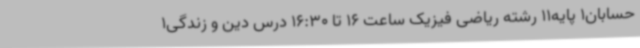
حسابان1 پایه11 رشته ریاضی فیزیک ساعت 16 تا 16:30 درس دین و زندگی1